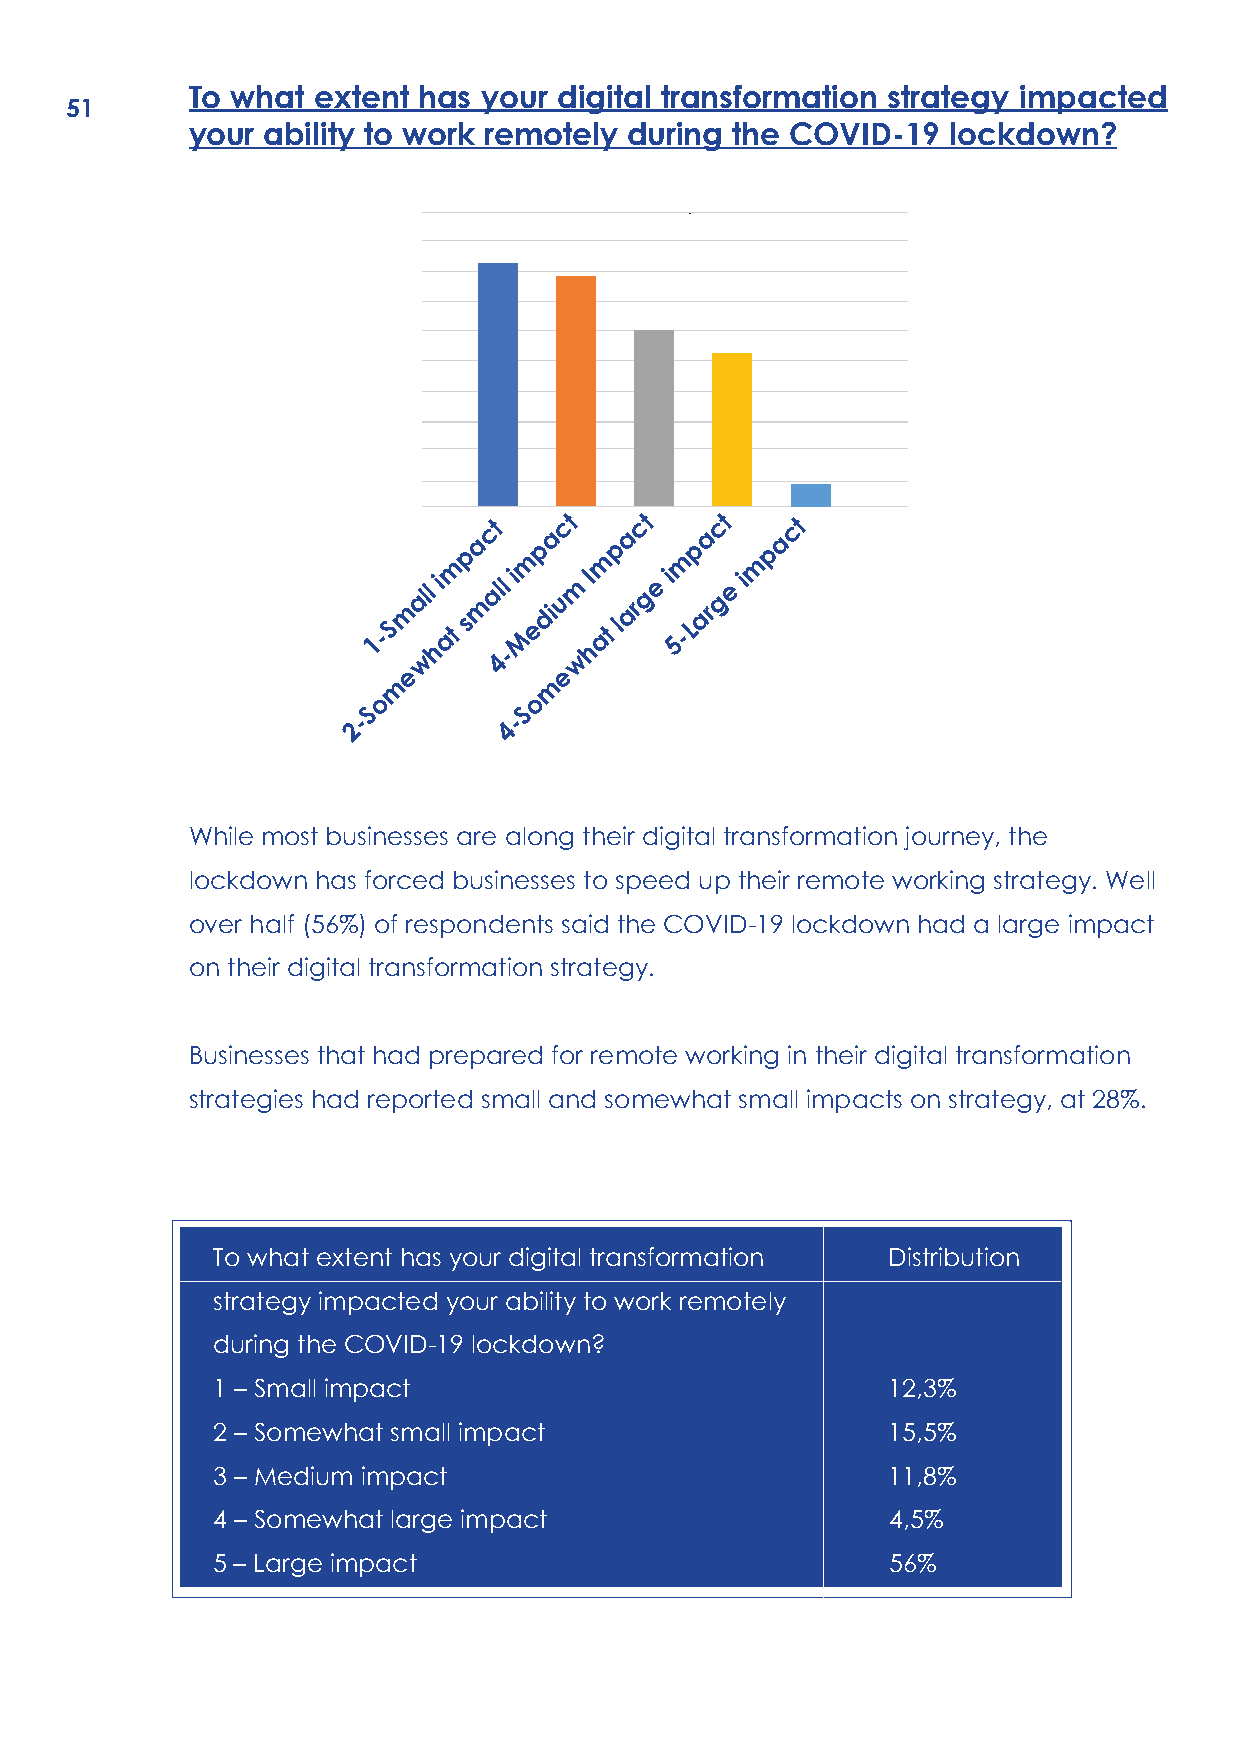
To what  extent has your digital transformation strategy impacted
 51
 your ability to work remotely during the COVID-19  lockdown?
 m p
 act
 m p
 act
 m p
 act
 m p
 act
 m p
 act
 1-S
 m
 all i
 at s
 m
 all i
 M
 ediu
 m I
 at
 large i 5-Large i
 w h  4-   w h
 e         e
 m         m
 o         o
 S          S
 -         -
 2         4
 While most businesses are along their digital transformation journey, the
 lockdown has forced businesses to speed up their remote working strategy. Well
 over half (56%) of respondents said the COVID-19 lockdown had a large impact
 on their digital transformation strategy.
 Businesses that had prepared for remote working in their digital transformation
 strategies had reported small and somewhat small impacts on strategy, at 28%.
 To what extent has your digital transformation Distribution
 strategy impacted your ability to work remotely
 during the COVID-19 lockdown?
 1 – Small impact                             12,3%
 2 – Somewhat small impact                    15,5%
 3 – Medium impact                            11,8%
 4 – Somewhat large impact                    4,5%
 5 – Large impact                             56%